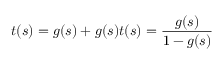
t ( s ) = g ( s ) + g ( s ) t ( s ) = { \frac { g ( s ) } { 1 - g ( s ) } }